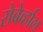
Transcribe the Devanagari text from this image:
रोबेर्व्हाल